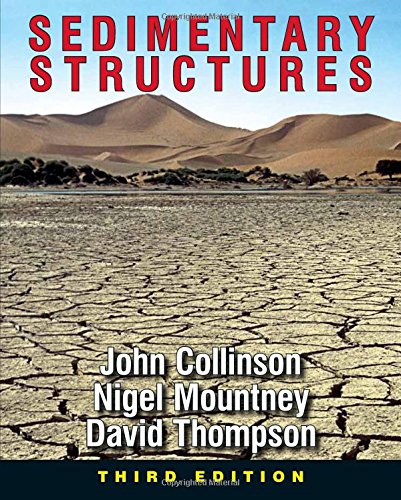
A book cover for Sedimentary Structures: Third Edition; John Collinson; Science & Math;